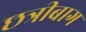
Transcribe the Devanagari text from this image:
छत्रीबाग